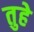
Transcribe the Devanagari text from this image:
तुहे